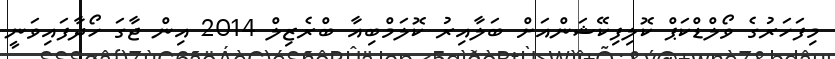
މިފަހަރުގެ ވޯލްޑްކަޕް ކޮލިފިކޭޝަންއަށް ބަލާއިރު ކޮލަމްބިއާ ބްރެޒިލް 2014 އިން ޖާގަ ހޯދާފައިވަނީ